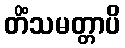
တိံသမတ္တာပိ